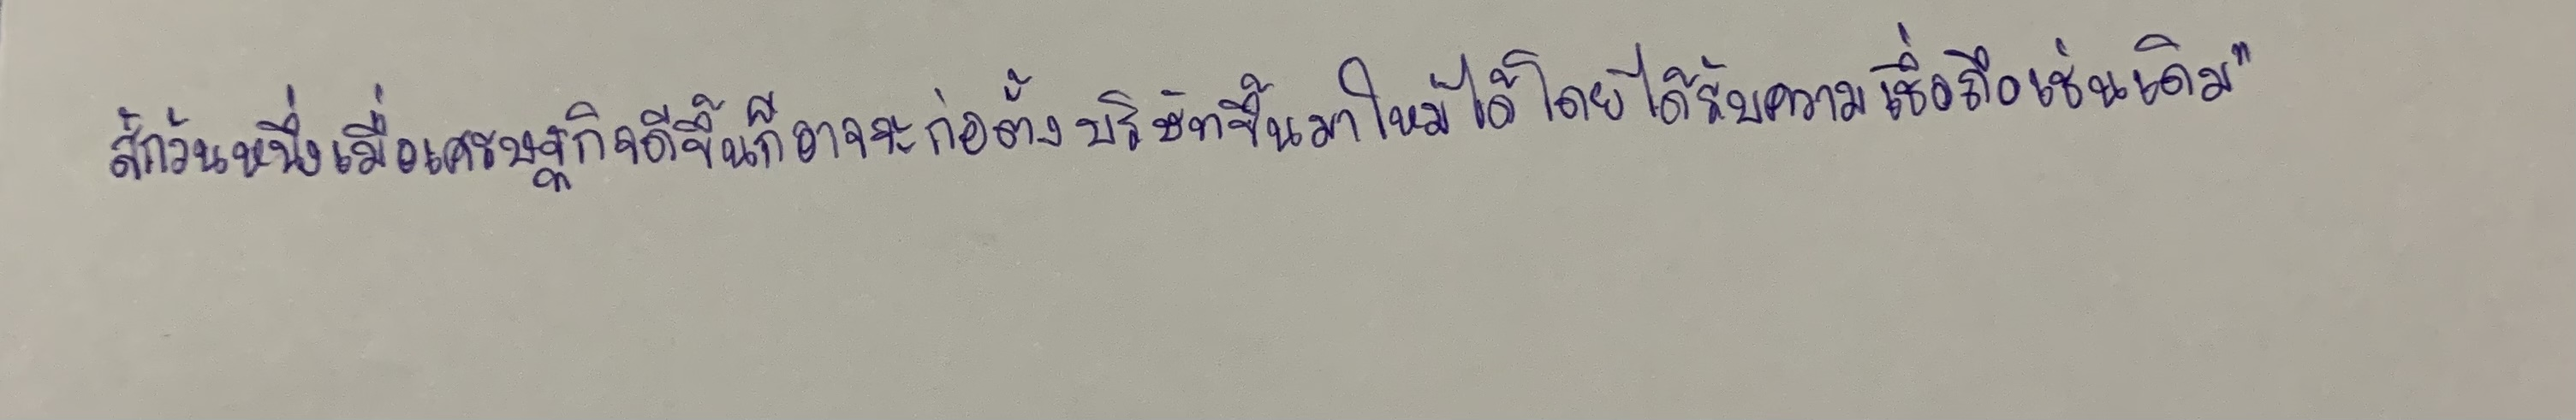
สักวันหนึ่งเมื่อเศรษฐกิจดีขึ้นก็อาจจะก่อตั้งบริษัทขึ้นมาใหม่ได้โดยได้รับความเชื่อถือเช่นเดิม"